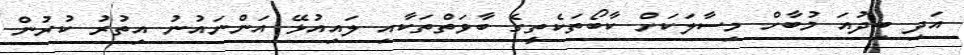
އަދި ބިދުއަ މުބާހް މިސާލަކަށް ކާބޯތަކެތީގެ ބާވަތްތަކާއި ލައިއުޅޭ އަންނައުނު އިތުރު ކުރުން